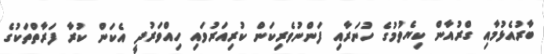
ބާރުއެޅުމާއި ގްރުއާން ކިޔެވުމުގެ ހުނަރާއި ފަންނުވެރިކަން ކުރިއަރުވައި ހިއްވަރުދީ އެކަން ކުރާ ފަރާތްތަކުގެ